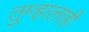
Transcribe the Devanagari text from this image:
तुम्हालाही